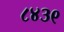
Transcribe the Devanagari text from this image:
८४३९